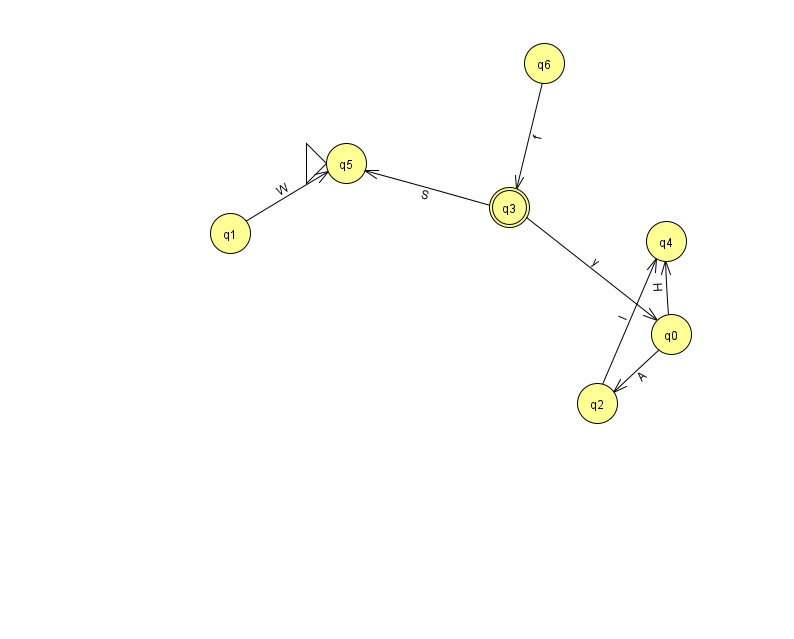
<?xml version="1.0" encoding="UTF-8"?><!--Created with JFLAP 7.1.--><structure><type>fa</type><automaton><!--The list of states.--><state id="0" name="q0"><x>671.0</x><y>321.0</y></state><state id="1" name="q1"><x>230.0</x><y>220.0</y></state><state id="2" name="q2"><x>597.0</x><y>390.0</y></state><state id="3" name="q3"><x>509.0</x><y>194.0</y><final/></state><state id="4" name="q4"><x>666.0</x><y>228.0</y></state><state id="5" name="q5"><x>346.0</x><y>150.0</y><initial/></state><state id="6" name="q6"><x>544.0</x><y>50.0</y></state><!--The list of transitions.--><transition><from>3</from><to>5</to><read>S</read></transition><transition><from>1</from><to>5</to><read>W</read></transition><transition><from>3</from><to>0</to><read>y</read></transition><transition><from>0</from><to>4</to><read>H</read></transition><transition><from>0</from><to>2</to><read>A</read></transition><transition><from>2</from><to>4</to><read>l</read></transition><transition><from>6</from><to>3</to><read>f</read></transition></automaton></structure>